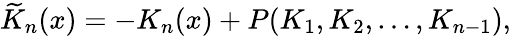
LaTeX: \widetilde{K}_{n}(x)=-K_{n}(x)+P(K_{1},K_{2},\dots,K_{n-1}),